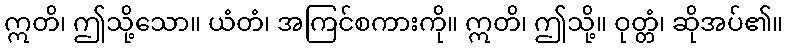
ဣတိ၊ ဤသို့သော။ ယံတံ၊ အကြင်စကားကို။ ဣတိ၊ ဤသို့။ ဝုတ္တံ၊ ဆိုအပ်၏။